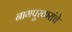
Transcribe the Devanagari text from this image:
नागपूरकरांचे